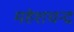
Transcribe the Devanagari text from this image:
महेशचन्द्र